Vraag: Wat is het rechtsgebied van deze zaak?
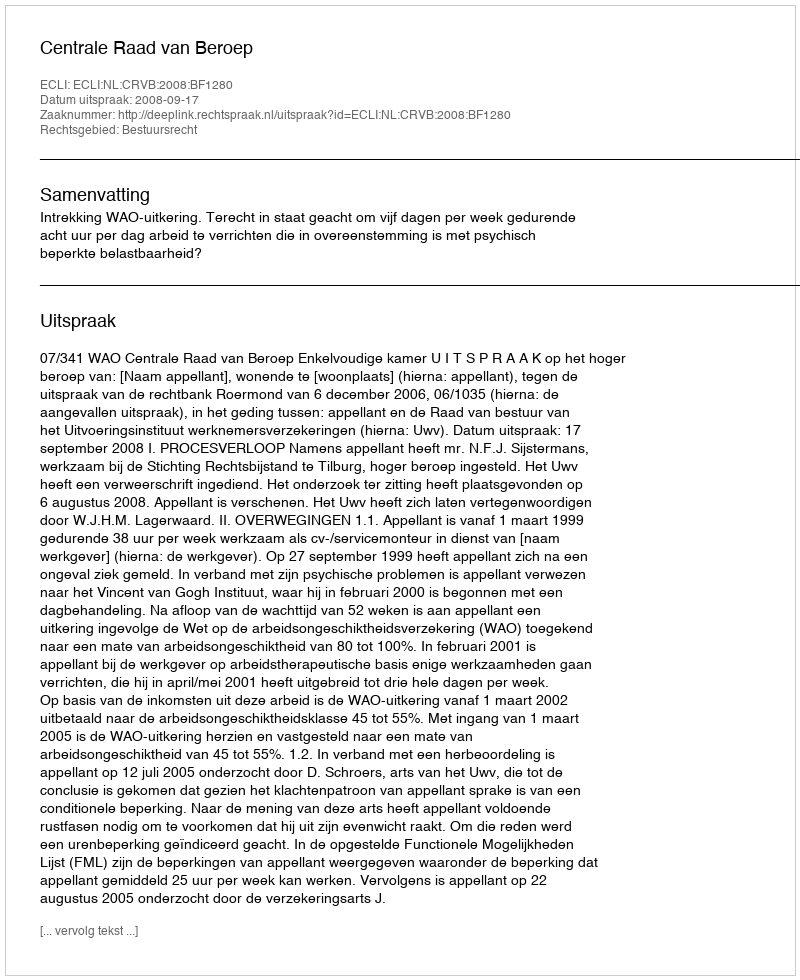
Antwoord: Bestuursrecht